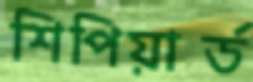
শিপিয়ার্ড